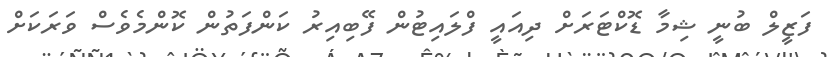
ފަޒީލް ބުނީ ޝިމާ ޑޮކްޓަރަށް ދިއައީ ފްލައިޓުން ފޭބިއިރު ކަންފަތުން ކޮންމެވެސް ވަރަކަށް